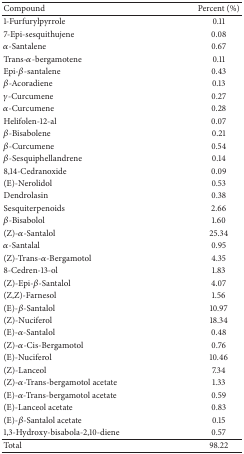
<table><thead><tr><td><b>Compound</b></td><td><b>Percent (%)</b></td></tr></thead><tbody><tr><td>1-Furfurylpyrrole</td><td>0.11</td></tr><tr><td>7-Epi-sesquithujene</td><td>0.08</td></tr><tr><td><i>α</i>-Santalene</td><td>0.67</td></tr><tr><td>Trans-<i>α</i>-bergamotene</td><td>0.11</td></tr><tr><td>Epi-<i>β</i>-santalene</td><td>0.43</td></tr><tr><td><i>β</i>-Acoradiene</td><td>0.13</td></tr><tr><td><i>γ</i>-Curcumene</td><td>0.27</td></tr><tr><td><i>α</i>-Curcumene</td><td>0.28</td></tr><tr><td>Helifolen-12-al</td><td>0.07</td></tr><tr><td><i>β</i>-Bisabolene</td><td>0.21</td></tr><tr><td><i>β</i>-Curcumene</td><td>0.54</td></tr><tr><td><i>β</i>-Sesquiphellandrene</td><td>0.14</td></tr><tr><td>8,14-Cedranoxide</td><td>0.09</td></tr><tr><td>(E)-Nerolidol</td><td>0.53</td></tr><tr><td>Dendrolasin</td><td>0.38</td></tr><tr><td>Sesquiterpenoids</td><td>2.66</td></tr><tr><td><i>β</i>-Bisabolol</td><td>1.60</td></tr><tr><td>(Z)-<i>α</i>-Santalol</td><td> 25.34</td></tr><tr><td><i>α</i>-Santalal</td><td>0.95</td></tr><tr><td>(Z)-Trans-<i>α</i>-Bergamotol</td><td>4.35</td></tr><tr><td>8-Cedren-13-ol</td><td>1.83</td></tr><tr><td>(Z)-Epi-<i>β</i>-Santalol</td><td>4.07</td></tr><tr><td>(Z,Z)-Farnesol</td><td>1.56</td></tr><tr><td>(E)-<i>β</i>-Santalol</td><td> 10.97</td></tr><tr><td>(Z)-Nuciferol</td><td> 18.34</td></tr><tr><td>(E)-<i>α</i>-Santalol</td><td> 0.48</td></tr><tr><td> (Z)-<i>α</i>-Cis-Bergamotol</td><td> 0.76</td></tr><tr><td>(E)-Nuciferol</td><td> 10.46</td></tr><tr><td>(Z)-Lanceol</td><td> 7.34</td></tr><tr><td> (Z)-<i>α</i>-Trans-bergamotol acetate</td><td> 1.33</td></tr><tr><td> (E)-<i>α</i>-Trans-bergamotol acetate</td><td> 0.59</td></tr><tr><td>(E)-Lanceol acetate</td><td> 0.83</td></tr><tr><td>(E)-<i>β</i>-Santalol acetate</td><td> 0.15</td></tr><tr><td> 1,3-Hydroxy-bisabola-2,10-diene</td><td> 0.57</td></tr><tr><td>Total</td><td>98.22</td></tr></tbody></table>